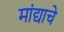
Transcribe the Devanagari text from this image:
मांद्याचे